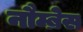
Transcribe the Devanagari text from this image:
नौम्ब्रेस